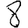
Digit: 8